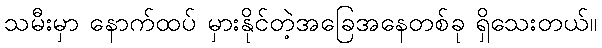
သမီးမှာ နောက်ထပ် မှားနိုင်တဲ့အခြေအနေတစ်ခု ရှိသေးတယ်။